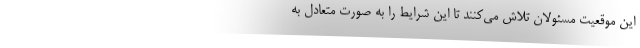
این موقعیت مسئولان تلاش می‌کنند تا این شرایط را به صورت متعادل به